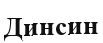
Динсин